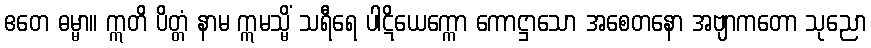
ဧတေ ဓမ္မာ။ ဣတိ ပိတ္တံ နာမ ဣမသ္မိံ သရီရေ ပါဋိယေက္ကော ကောဋ္ဌာသော အစေတနော အဗျာကတော သုညော